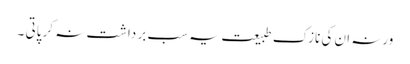
ورنہ ان کی نازک طبیعت یہ سب بر داشت نہ کر پاتی ۔